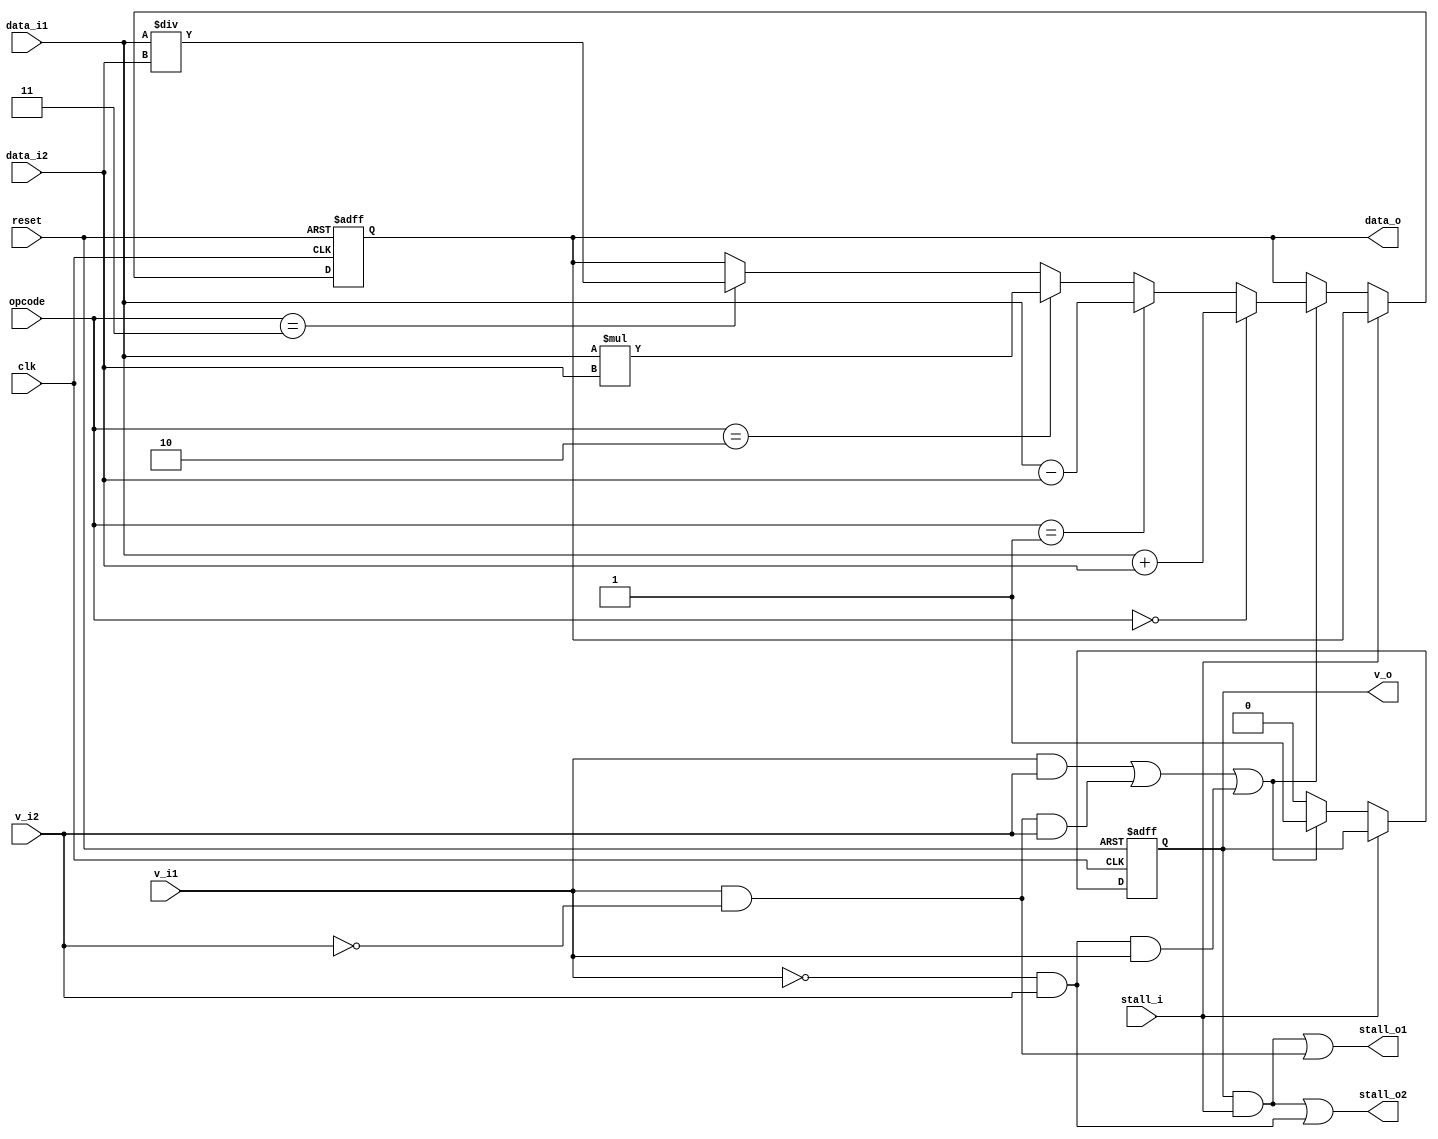
module alu_stage(clk, reset,
                v_i1, v_i2, v_o,
                data_i1, data_i2, data_o,
                stall_i, stall_o1, stall_o2,
                opcode);

    input clk, reset;
    input v_i1, v_i2;
    output v_o;
    input [31:0] data_i1, data_i2;
    output [31:0] data_o;
    input stall_i;
    output stall_o1, stall_o2;
    input [1:0] opcode;

    wire [31:0] add_tmp;
    wire [31:0] sub_tmp;
    wire [31:0] mul_tmp;
    wire [31:0] div_tmp;
    wire only_1;
    wire only_2;

    reg v_r;
    reg [31:0] data_r;

    assign v_o = v_r;
    assign data_o = data_r;

    assign only_1 = v_i1 & ~v_i2;
    assign only_2 = ~v_i1 & v_i2;
    assign stall_o1 = (v_r & stall_i) | only_1;
    assign stall_o2 = (v_r & stall_i) | only_2;

    assign add_tmp = data_i1 + data_i2;
    assign sub_tmp = data_i1 - data_i2;
    assign mul_tmp = data_i1 * data_i2;
    assign div_tmp = data_i1 / data_i2;

    always @(posedge clk or negedge reset) begin
        if (~reset) begin
            v_r <= 0;
            data_r <= 0;
        end else begin
            if (~stall_i) begin
                if (v_i1 & v_i2 | only_1 & v_i2 | only_2 & v_i1) begin
                    v_r <= 1;
                    if (opcode == 2'b00) begin
                        data_r <= add_tmp;
                    end else if (opcode == 2'b01) begin
                        data_r <= sub_tmp;
                    end else if (opcode == 2'b10) begin
                        data_r <= mul_tmp;
                    end else if (opcode == 2'b11) begin
                        data_r <= div_tmp;
                    end
                end else begin
                    v_r <= 0;
                end
            end
        end
    end
endmodule